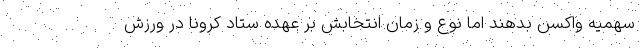
سهمیه واکسن بدهند اما نوع و زمان انتخابش بر عهده ستاد کرونا در ورزش